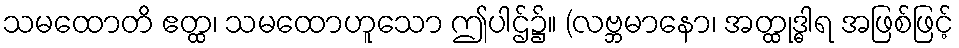
သမထောတိ ဧတ္ထ၊ သမထောဟူသော ဤပါဌ်၌။ (လဗ္ဘမာနော၊ အတ္ထုဒ္ဓါရ အဖြစ်ဖြင့်